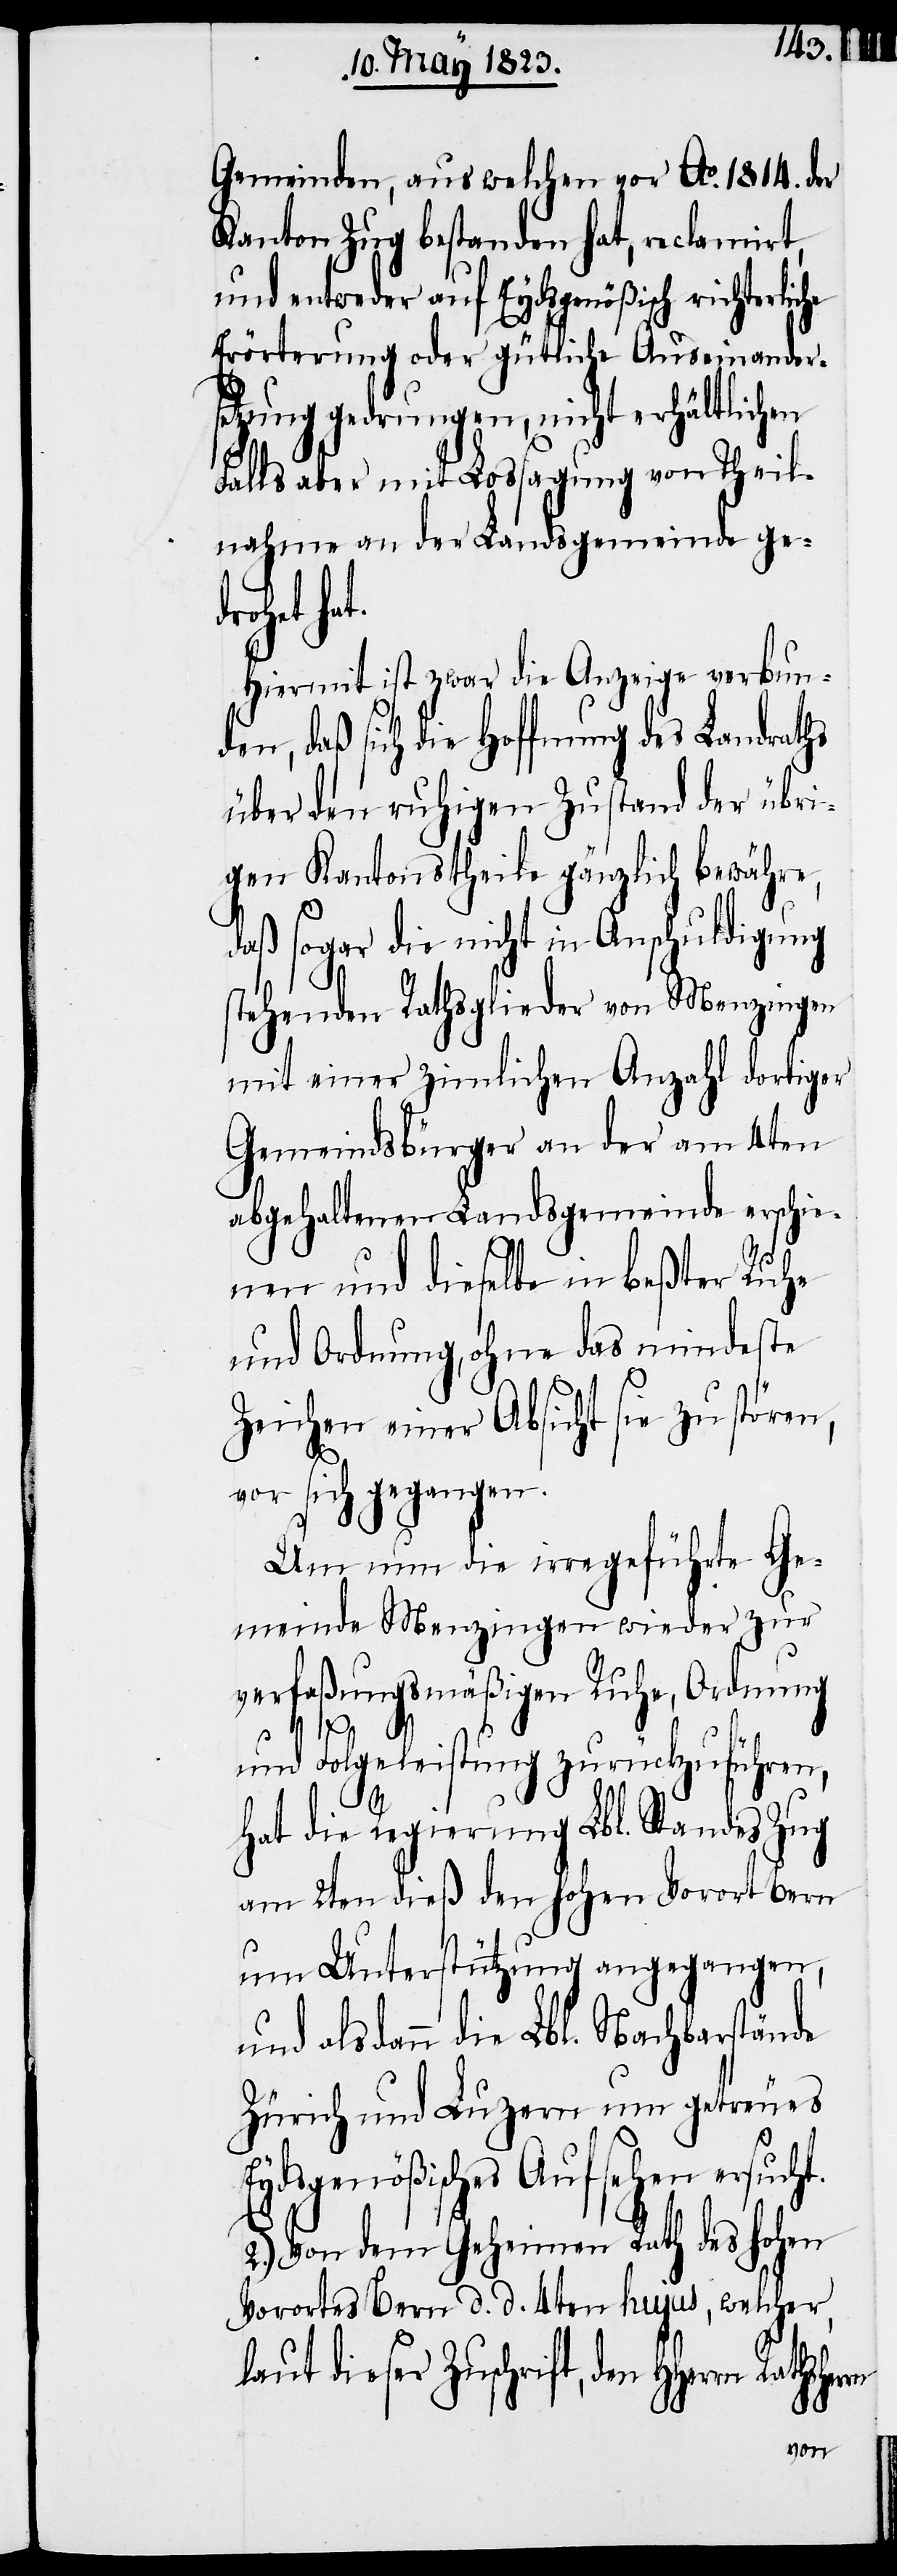
Gemeinden, aus welchen vor Ao. 1814. der
Kanton Zug bestanden hat, reclamirt,
und entweder auf Eydsgenößisch richterliche
Erörterung oder gütliche Auseinander¬
setzung gedrungen, nicht erhältlichen
Falls aber mit Lossagung von Theil¬
nahme an der Landsgemeinde ged¬
rohet ha¬
Hiermit ist zwar die Anzeige verbund¬
en, daß sich die Hoffnung des Landraths
über den ruhigen Zustand der übri¬
gen Kantonstheile gänzlich bewähre,
daß sogar die nicht in Anschuldigung
stehenden Rathsglieder von Menzingen
mit einer zi[e]mlichen Anzahl dortiger
Gemeindsbürger an der am 4ten
abgehaltenen Landsgemeinde erschie¬
nen und dieselbe in beßter Ruhe
und Ordnung, ohne das mindeste
Zeichen einer Absicht sie zu stören,
t.
vor sich gegangen.
Um nun die irregeführte Ge¬
meinde Menzingen wieder zur
verfaßungsmäßigen Ruhe, Ordnung
und Folgeleistung zurückzuführen,
hat die Regierung Lbl. Standes Zug
am 2ten dieß den hohen Vorort Bern
um Unterstützung angegangen,
und alsdann die Lbl. Nachbarstände
Zürich und Luzern um getreues
Eydsgenößisches Aufsehen ersuch¬
2.) Von dem Geheimen Rath des hohen
Vorortes Bern d. d. 4ten hujus, welcher,
laut dieser Zuschrift, den HHerrn